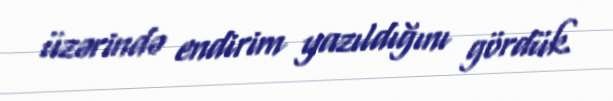
üzərində endirim yazıldığını gördük.